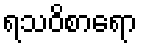
ရသဝိစာရော